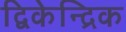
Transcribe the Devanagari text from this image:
द्विकेन्द्रिक